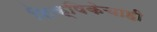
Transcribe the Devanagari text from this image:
शिक्षिकेचाही